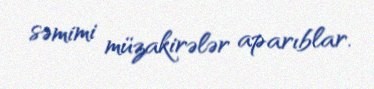
səmimi müzakirələr aparıblar.